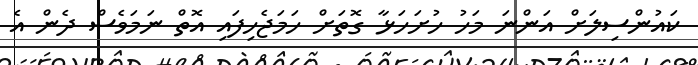
ކައުންސިލަށް އަންނަ މަހު ހުށަހަޅާ ގޮތަށް ހަމަޖެހިފައި އޮތް ނަމަވެސް ދެން އެ